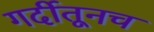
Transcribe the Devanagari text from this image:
गर्दीतूनच